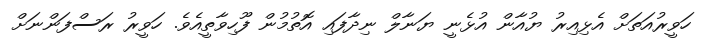
ހަވީރުއަތަށް އެޅިއިރު ޔުއާން އުޅެނީ ޔަނާލް ނިދާފައި އޮތުމުން ފޫހިވާތީއެވެ. ހަވީރު ރަސްފަންނަށް